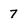
Character: 7